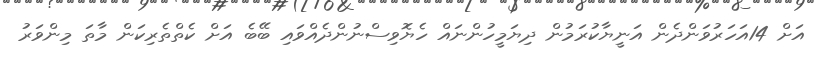
އަށް 14އަހަރުވަންދެން އަނީޔާކުރަމުން ދިޔަމީހުންނައް ހެޔޮވިސްނުންދެއްވައި ބޭބެ އަށް ކެތްތެރިކަން މާތަ މިންވަރު